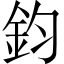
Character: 鈞